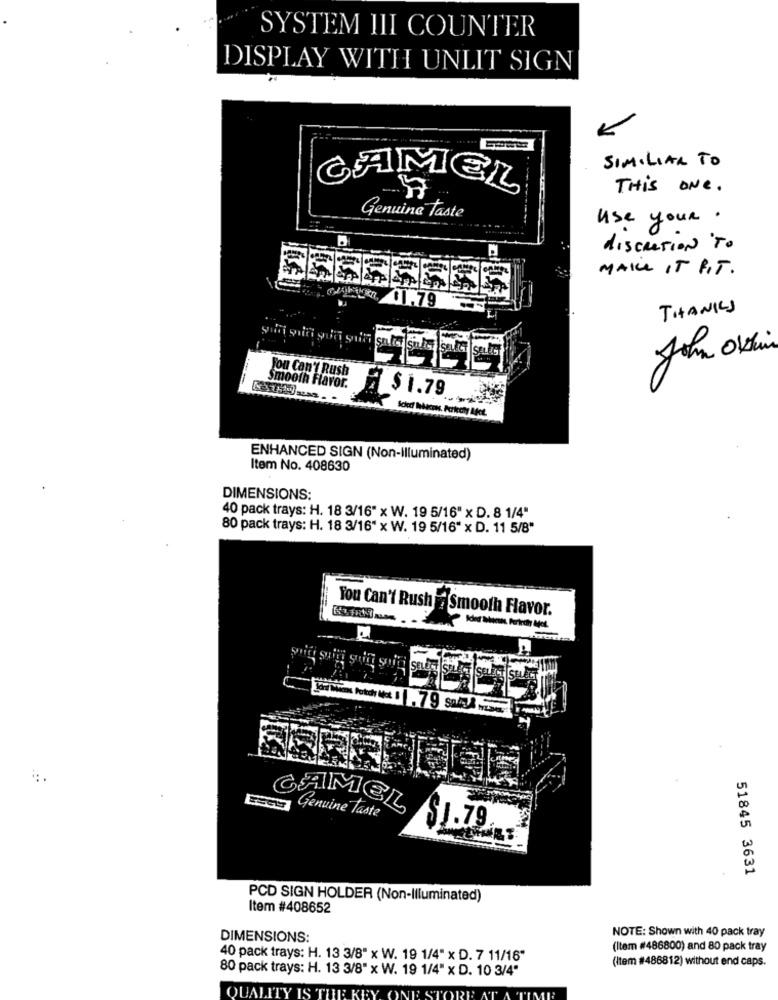
SYSTEM III COUNTER
DISPLAY WITH UNLIT SIGN
SIMILIAR TO
CAMEL
THIS ONE.
Genuine Taste
use your .
discreTION To
MAKE IT PIT.
$1.79
THANKS
John Okin
you Can't Rush
Smooth Flavor.
$ 1.79
Scleci Ibacris. Pertechy Afet.
ENHANCED SIGN (Non-Illuminated)
Item No. 408630
DIMENSIONS:
40 pack trays: H. 18 3/16" x W. 19 5/16" x D. 8 1/4"
80 pack trays: H. 18 3/16" x W. 19 5/16" x D. 11 5/8"
You Can't Rush a Smooth Flavor.
CHAMEL
Genuine taste
$1.79
51845 3631
PCD SIGN HOLDER (Non-Illuminated)
Item #408652
NOTE: Shown with 40 pack tray
DIMENSIONS:
(Item #486800) and 80 pack tray
40 pack trays: H. 13 3/8" x W. 19 1/4" x D. 7 11/16"
(Item #486812) without end caps.
80 pack trays: H. 13 3/8" x W. 19 1/4" x D. 10 3/4"
QUALITY IS THE KEY